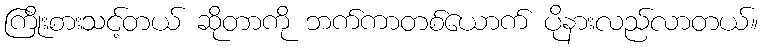
ကြိုးစားသင့်တယ် ဆိုတာကို ဘက်ကာတစ်ယောက် ပိုနားလည်လာတယ်။